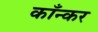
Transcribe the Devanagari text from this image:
काँन्कर